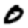
Digit: 0